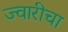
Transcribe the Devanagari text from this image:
ज्वारीचा